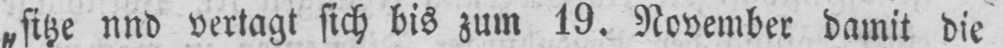
„sitze und vertagt sich bis zum 19. November damit die